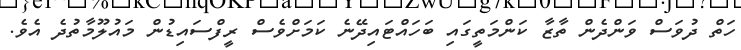
ހަތް ދުވަސް ވަންދެން ތާޒާ ކަންމަތީގައި ބަހައްޓައިދޭނެ ކަމަށްވެސް ރީފްސައިޑުން މައުލޫމާތުދެ އެވެ.